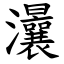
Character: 㶞